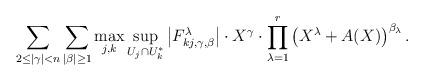
LaTeX: \begin{align*}\sum_{2\leq |\gamma|< n}\sum_{|\beta|\geq 1}\max_{j, k}\sup_{U_j\cap U_k^*}\left|F_{kj, \gamma, \beta}^\lambda\right|\cdot X^\gamma\cdot \prod_{\lambda=1}^r\left(X^\lambda+A(X)\right)^{\beta_\lambda}. \end{align*}